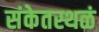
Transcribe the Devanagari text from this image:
संकेतस्थळं